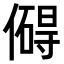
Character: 𫣣